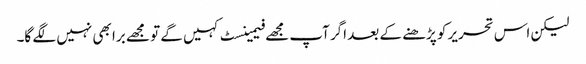
لیکن اس تحریر کو پڑھنے کے بعد اگر آپ مجھے فیمینسٹ کہیں گے تو مجھے برا بھی نہیں لگے گا۔